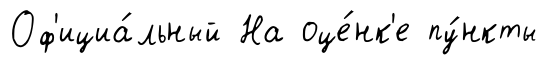
Оф'ициа́льный На оце́нк'е пу́нкты